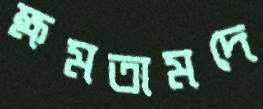
ক্ষমতামদে